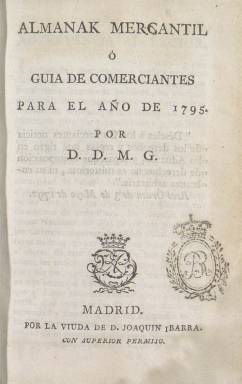
Título: Almanak mercantil o Guía de comerciantes
Otros títulos: Almanaque mercantil o Guía de comerciantes || Guía de comerciantes
Colección: Almanaques || Guías y directorios || Economía
Ámbito geográfico: Madrid
Lugar de publicación: Madrid
Fechas: 01/01/1795-31/12/1807

Este anuario mercantil es una interesante fuente de información para la historia económica de España y América en el periodo que cubre (1795-1808) por la gran cantidad de datos que ofrece y por la conexión que tuvo con el poder político. Es un buen ejemplo de Prensa ilustrada y por este motivo ha sido utilizado en numerosas ocasiones por los historiadores.

   La paginación de sus números variaba, entre las poco más de 400 páginas del primero hasta las más de 600 de algunos de ellos.

El editor de la Guía fue un alto funcionario, Diego María Gallard, abogado de los Reales Consejos, miembro de la secretaría de la superintendencia de la Real Hacienda, secretario de la Balanza de Comercio de 1795 a 1799, director de la Real fábrica de tejidos de algodón de Ávila, miembro de la Sociedad Económica de Amigos del País de Segovia, y editor del Correo Mercantil de España y sus Indias y publicaciones.

   Con el Almanak, Gallard se propuso difundir conocimientos útiles y prácticos para los comerciantes y fabricantes. Para este propósito contó con la ayuda del Estado, que le facilitó datos procedentes de oficinas estatales como los Consulados de comercio.

  La publicación contaba con secciones fijas, que eran: Advertencia al lector, donde se pedía el envío de datos y se disculpaba por los posibles errores; arancel general de aduanas, que, ocupando un 50% del total de páginas, recopilaba las disposiciones legales vigentes referidas al comercio; nómina de plazas de comercio de España, que ofrecía los nombres de las instituciones, oficinas, comerciantes, fabricantes y otros datos de interés relativos a numerosas plazas de comercio de España y de América; fábricas y casas de comercio de distintas ciudades y pueblos de España; fechas de celebración de las principales ferias de España; tablas para calcular el interés de los vales reales; tablas de correspondencia de monedas, pesos y medidas de algunos países extranjeros respecto a Castilla.

   Hubo también secciones eventuales como una que proporcionaba datos relativos al comercio de nueve plazas mercantiles extranjeras.

El Almanak se vendió en Madrid, Cádiz, Málaga, Sevilla, Valencia, Barcelona, Pamplona y Bilbao. Parece claro que el anuario pretendió dirigirse preferentemente a aquellos puntos geográficos con mayor desarrollo mercantil. La publicación pretendía sobre todo difundir la idea ilustrada de la necesidad de hacer progresar al país en su economía a base de educación y reformas administrativas, pero sin plantear nunca cambios políticos o transformaciones en la estructura socioeconómica.

  Sobre esta publicación puede consultarse el amplio estudio que le dedicó Paloma Fernández Pérez y que apareció publicado en la revista ‘Historias’, del Instituto Nacional de Antropología e Historia de México y que es accesible por internet.

[Descripción publicada el 17/08/2022]